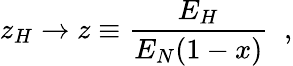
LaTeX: z_{H}\rightarrow z\equiv\frac{E_{H}}{E_{N}(1-x)}\; \; ,